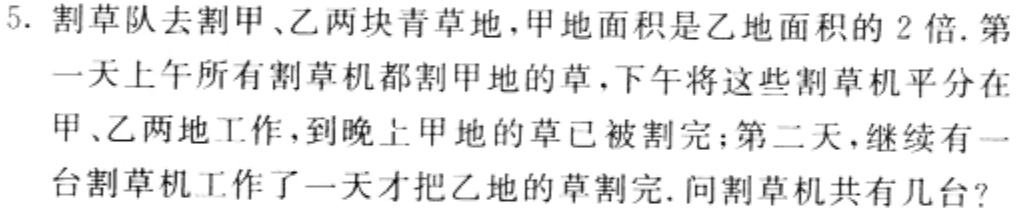
5. 割草队去割甲、乙两块青草地，甲地面积是乙地面积的 2 倍. 第一天上午所有割草机都割甲地的草，下午将这些割草机平分在甲、乙两地工作，到晚上甲地的草已被割完；第二天，继续有一台割草机工作了一天才把乙地的草割完. 问割草机共有几台?